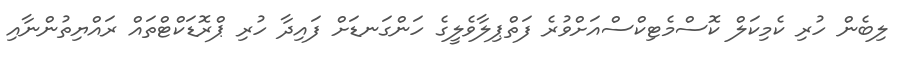
ލިބެން ހުރި ކެމިކަލް ކޮސްމެޓިކްސްއަށްވުރެ ފަތްޕިލާވެލީގެ ހަންގަނޑަށް ފައިދާ ހުރި ޕްރޮޑަކްޓްތައް ރައްޔިތުންނާއި